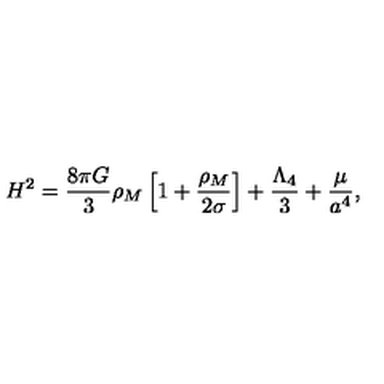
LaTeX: H ^ { 2 } = \frac { 8 \pi G } { 3 } \rho _ { M } \left[ 1 + \frac { \rho _ { M } } { 2 \sigma } \right] + \frac { \Lambda _ { 4 } } { 3 } + \frac { \mu } { a ^ { 4 } } ,